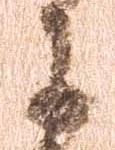
于